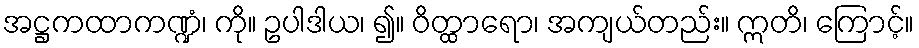
အဋ္ဌကထာကဏ္ဍံ၊ ကို။ ဥပါဒါယ၊ ၍။ ဝိတ္ထာရော၊ အကျယ်တည်း။ ဣတိ၊ ကြောင့်။